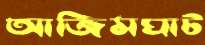
আজিমঘাট